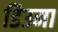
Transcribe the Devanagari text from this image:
डिउमा